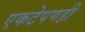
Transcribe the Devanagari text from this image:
एकटेपणही